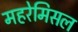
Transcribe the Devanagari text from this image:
महरेमिसल